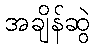
အချိန်ဆွဲ